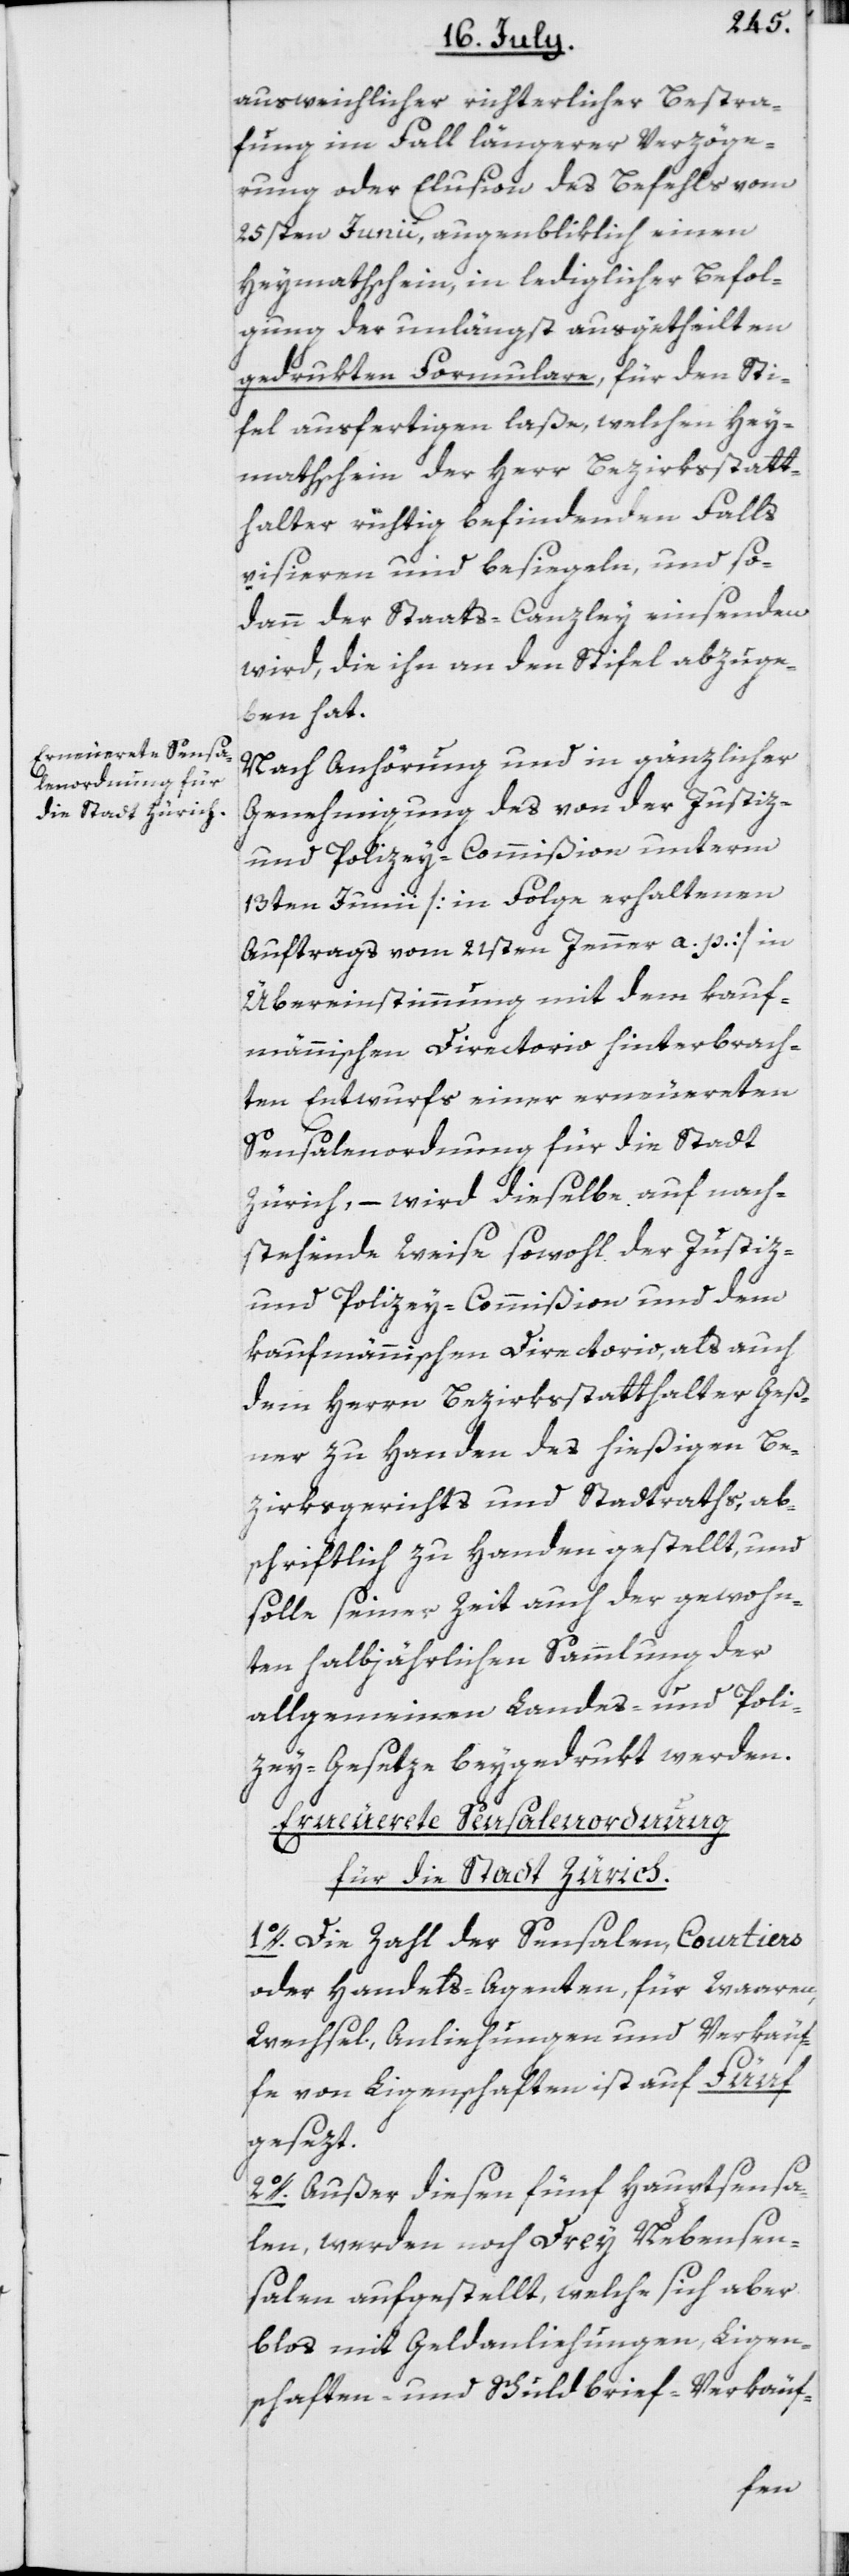
ausweichlicher richterlicher Bestra¬
fung im Fall längerer Verzöge¬
rung oder Elusion des Befehls vom
25sten Junii, augenbliklich einen
Heymathschein, in lediglicher Befol¬
gung der unlängst ausgetheilten
gedrukten Formulare, für den Sti¬
fel ausfertigen laße, welchen Hey¬
mathschein der Herr Bezirksstatt¬
halter richtig befindenden Falls
visieren und besiegeln, und so¬
dann der Staats-Canzley einsenden
wird, die ihn an den Stifel abzuge¬
ben hat.
Nach Anhörung und in gänzlicher
Genehmigung des von der Justiz-
und Polizey-Commißion unterm
13ten Junii [in Folge erhaltenen
Auftrags vom 21sten Jenner a. p.] in
Übereinstimmung mit dem kauf¬
männischen Directorio hinterbrach¬
ten Entwurfs einer erneuereten
Sensalenordnung für die Stadt
Zürich, – wird dieselbe auf nach¬
stehende Weise sowohl der Justiz-
und Polizey-Commißion und dem
kaufmännischen Directorio, als auch
dem Herrn Bezirksstatthalter Geß¬
ner zu Handen des hießigen Be¬
zirksgerichts und Stadtraths, ab¬
schriftlich zu Handen gestellt, und
solle seiner Zeit auch der gewohn¬
ten halbjährlichen Sammlung der
allgemeinen Landes- und Poli¬
zey-Gesetze beygedrukt werden.
Erneuerete Sensalenordnung
für die Stadt Zürich.
1o. Die Zahl der Sensalen, Courtiers
oder Handels-Agenten für Waaren,
Wechsel, Anliehungen und Verkäuf¬
fe von Ligenschaften ist auf Fünf
gesezt.
2o. Außer diesen fünf Hauptsensa¬
len, werden noch Drey Nebensen¬
salen aufgestellt, welche sich aber
blos mit Geldanliehungen, Ligen¬
schaften und Schuldbrief-Verkäuf-